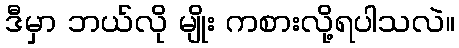
ဒီမှာ ဘယ်လို မျိုး ကစားလို့ရပါသလဲ။